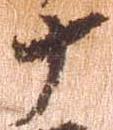
十